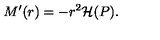
M ^ { \prime } ( r ) = - r ^ { 2 } { \cal H } ( P ) .